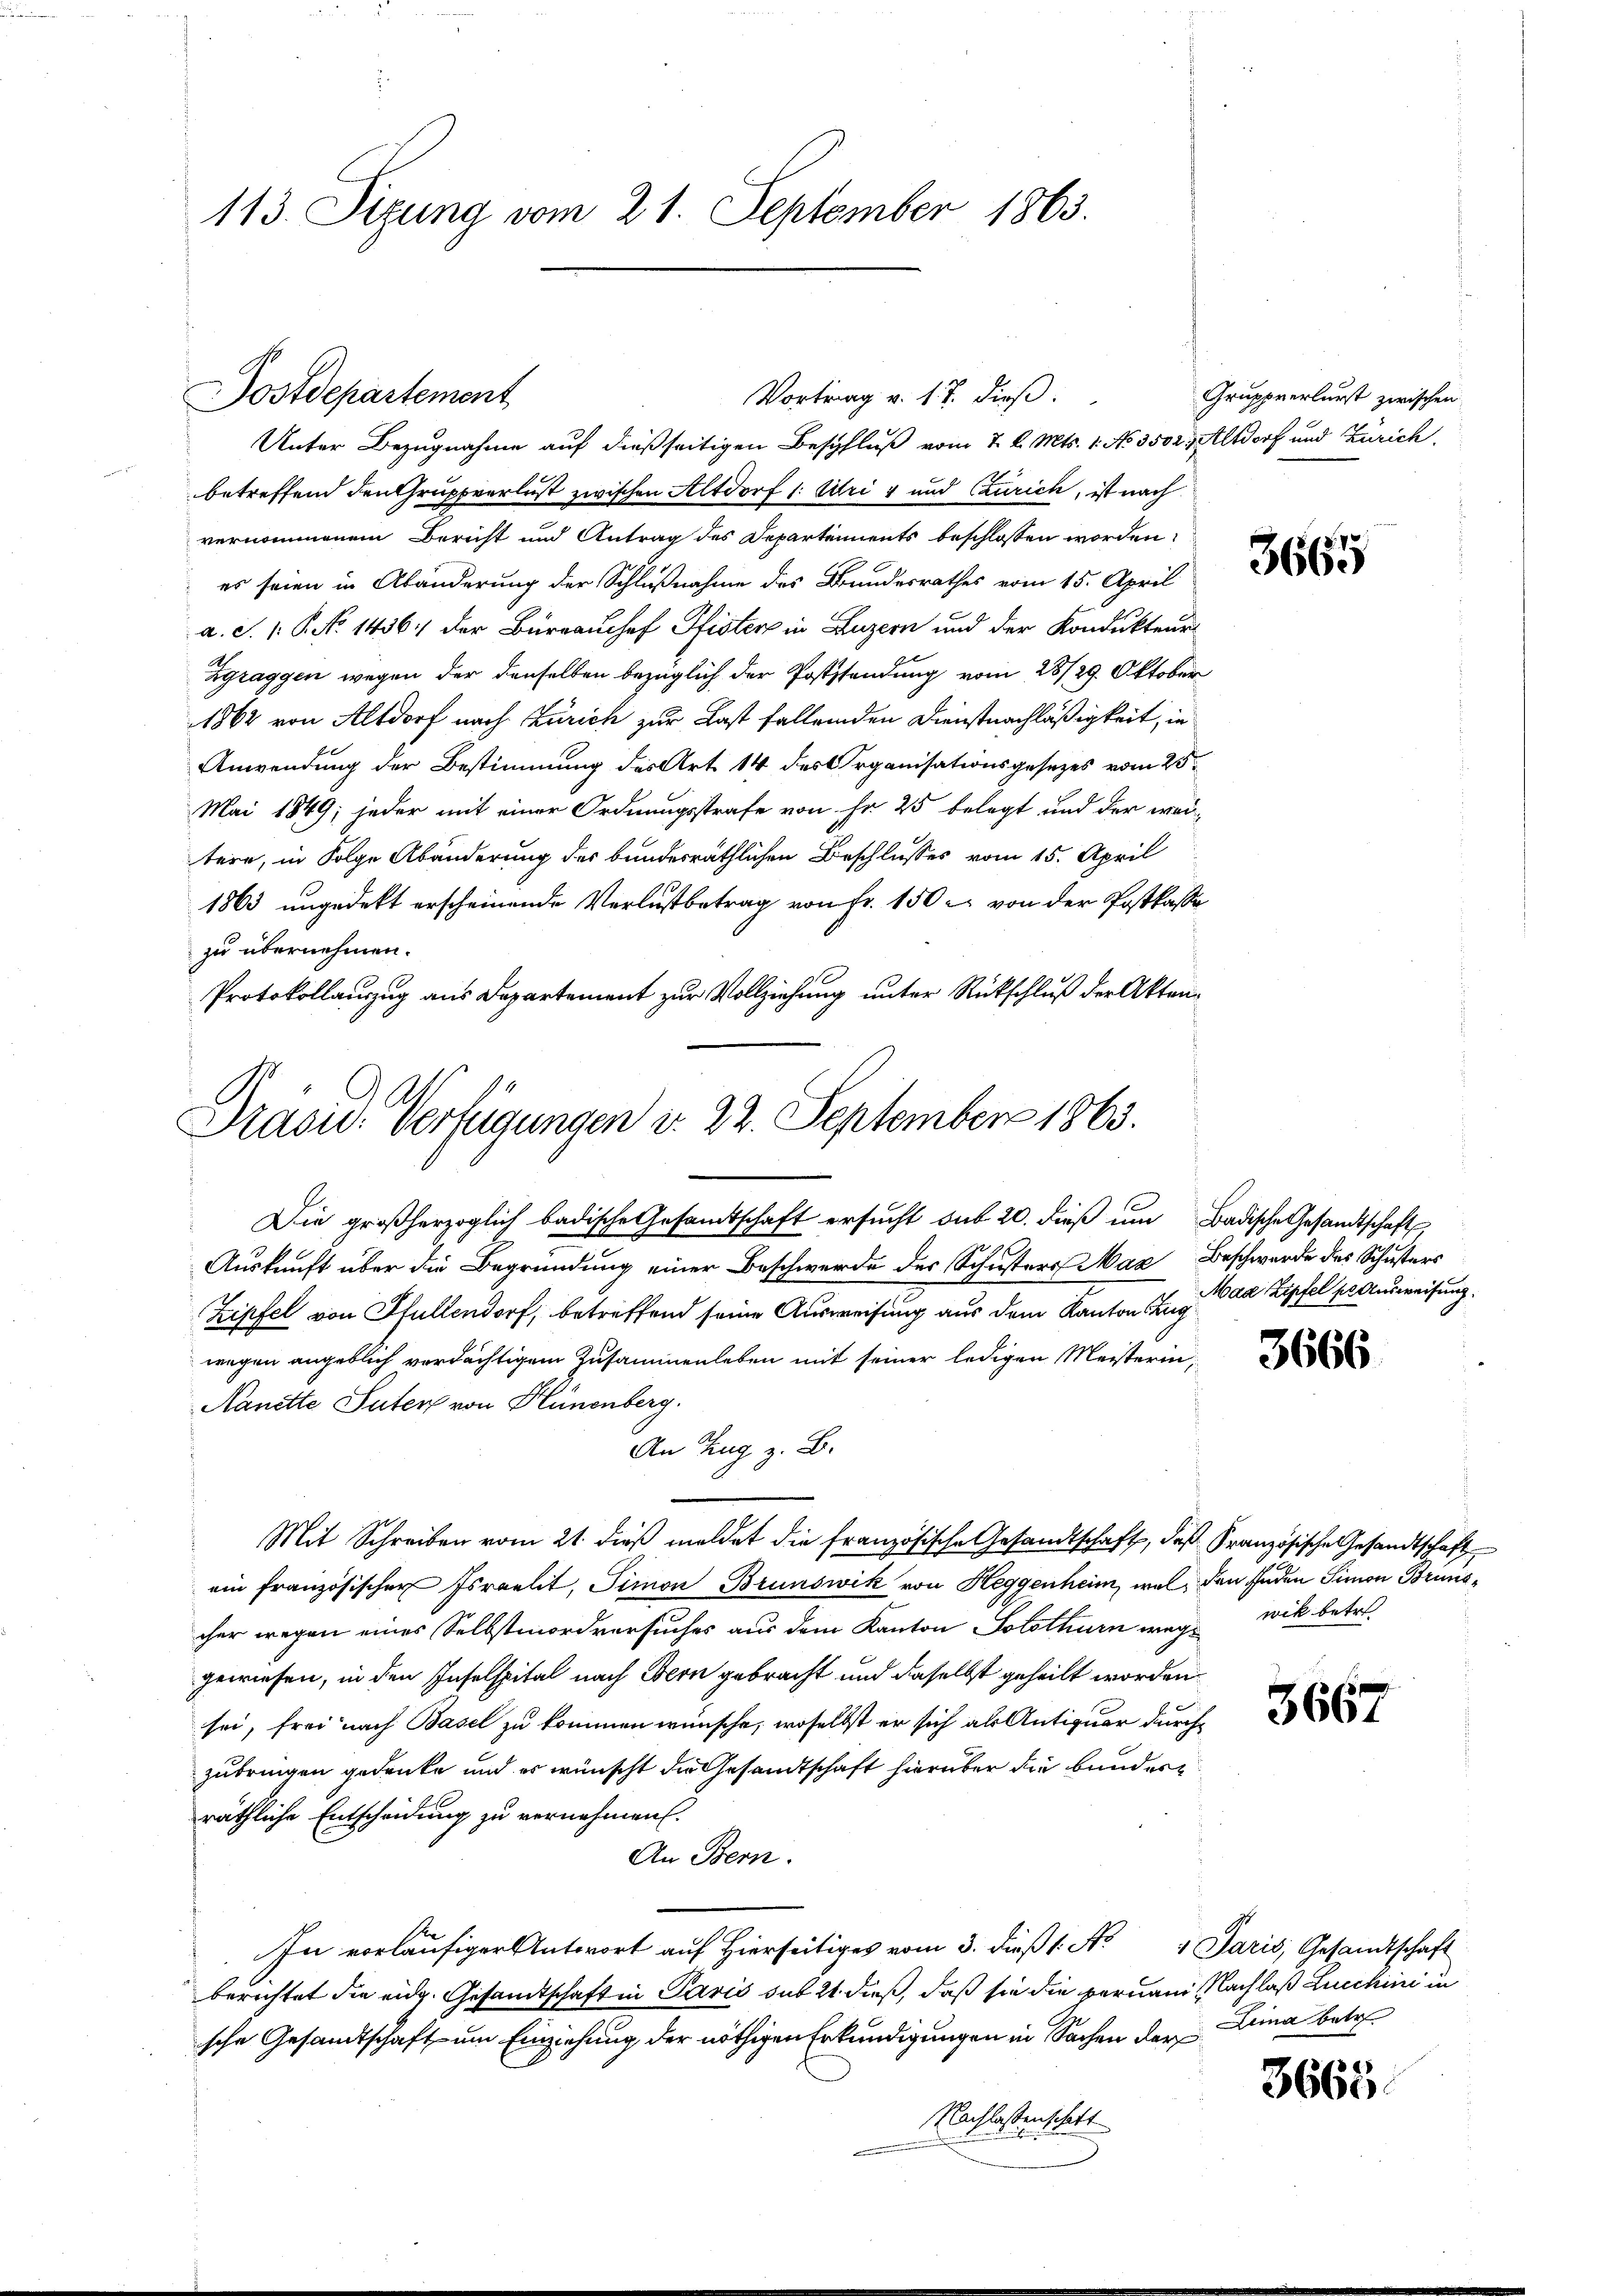
113. Sizung vom 21. September 1863.

Unter Bezugnahme auf dießseitigen Beschluß vom 7. d. Mts. 1. No. 3502, Altdorf und Zürich,
betreffend den Gruppverlust zwischen Altdorf 1: Uri 4 und (zurich, ist nach
vernommenem Bericht und Antrag des Departements beschlossen worden,
 es seien in Abänderung der Schlußnahme des Bundesrathes vom 15. April
a. S. 1. P. No 1436. der Büreaussef Pfister in Luzern und der Kondukteur
Zgraggen wegen der denselben bezüglich der Poststendung vom 28/29. Oktober
1862 von Altdorf nach Zürich zur Last fallenden Dienstnachläßigkeit, in
Anwendung der Bestimmung des Art 14 des Organisationsgesezes vom 25.
Mai 1849; jeder mit einer Ordnungsstrafe von ihr 25 belegt und der weitere, in Folge Abänderung des bundesräthlichen Beschlusses vom 15. April
1863 ungedekt erscheinende Verlustbetrag von Fr. 150 u. von der Postkasse
zu übernehmen.
Protokollanzug aus Departement zur Vollziehung unter Rückschluß der Akten¬

Postdepartement

Präsid. Verfügungen d. 22. September 1863.

Vortrag v. 17. dieß.

Die großherzoglich badische Gesamtschaft ersucht sub 20. dieß um Badische Gesandtschaft
i
Auskunft über die Begründung einer Beschwerde des Schusters Max Beschwerde des Schusters
Zipfel von Pfullendorf, betreffend seine Ausweisung aus dem Kanton Zug
wegen angeblich verdächtigem Zusammenleben mit seiner ledigen Meisterin,
Nanette Suter von Flünenberg.
An Zug z. B.
Mit Schreiben vom 21. dieß meldet die französische Gesandtschaft, daß Französische Gesandtschaft
ein französischer Israelit, Simon Brunswik von Heggenheim, wel den Enden Simon Brunscher wegen eines Selbstmordversuches aus dem Kanton Solothurn wegwik betr.
gewiesen, in den Inselspital nach Bern gebracht und daselbst geheilt worden
sei, frei nach Basel zu kommen wünsche, woselbst er sich als Antiquer durch
zubringen gedenke und es wünscht die Gesandtschaft hierüber die bunderräthliche Entscheidung zu vernehmen.
An Bern.
In vorläufiger Antwort auf Hierseitiges vom 3. dieß (: No 1 Paris, Gesandtschaft
berichtet die eidg. Gesandtschaft in Paris sub 21 dieß, daß sie die Fernen Nachlaß Lucchini in
sche Gesandtschaft um Einziehung der nöthigen Erkundigungen in Sachen der Lina betr.
Nachlassenschaft

Gruppverlurst zwischen

3665

Mag Zipfel pr Ausweisung.

3666

3667

3665.